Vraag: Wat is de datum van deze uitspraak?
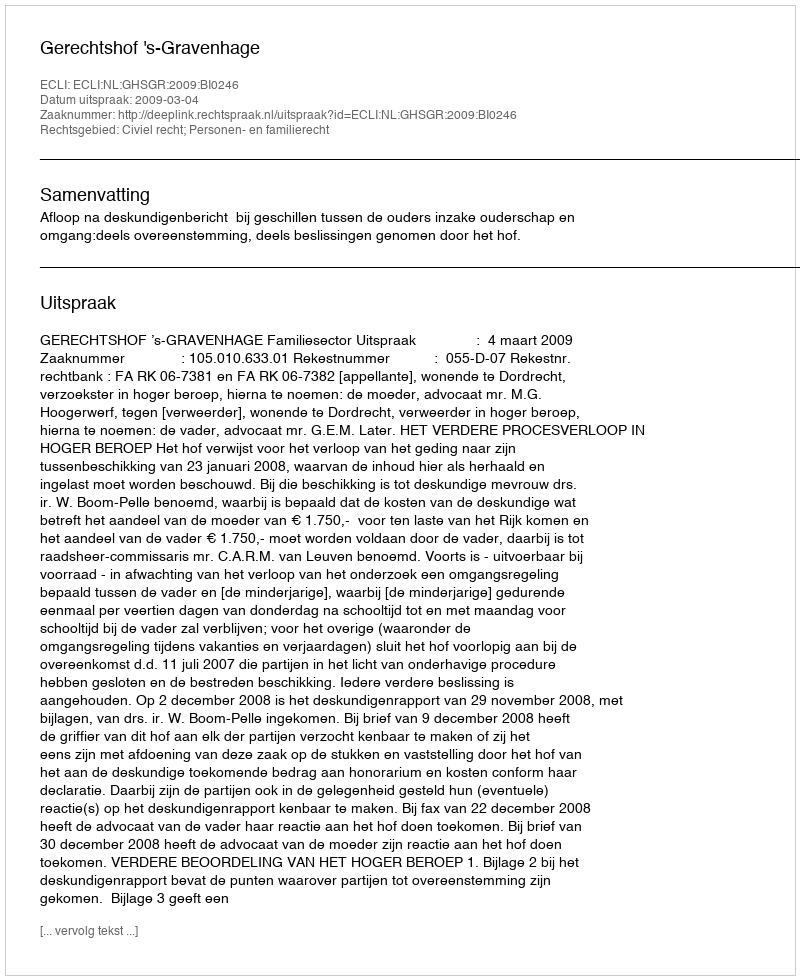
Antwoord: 2009-03-04